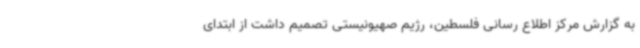
به گزارش مرکز اطلاع رسانی فلسطین، رژیم صهیونیستی تصمیم داشت از ابتدای